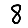
Digit: 8